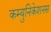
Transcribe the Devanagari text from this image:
कम्युनिकेशनस